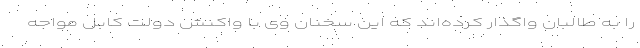
را به طالبان واگذار کرده‌اند که این سخنان وی با واکنش دولت کابل مواجه